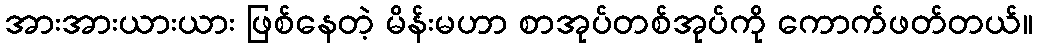
အားအားယားယား ဖြစ်နေတဲ့ မိန်းမဟာ စာအုပ်တစ်အုပ်ကို ကောက်ဖတ်တယ်။